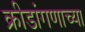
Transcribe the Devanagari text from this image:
क्रीडांगणाच्या